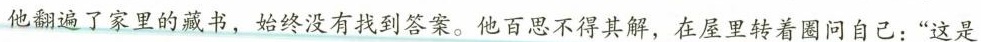
他翻遍了家里的藏书，始终没有找到答案。他百思不得其解，在屋里转着圈问自己：”这是